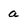
Character: a